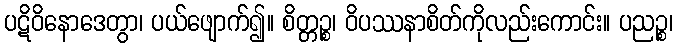
ပဋိဝိနောဒေတွာ၊ ပယ်ဖျောက်၍။ စိတ္တဉ္စ၊ ဝိပဿနာစိတ်ကိုလည်းကောင်း။ ပညဉ္စ၊